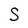
Character: S